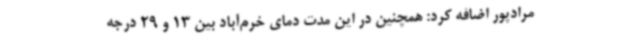
مرادپور اضافه کرد: همچنین در این مدت دمای خرم‌آباد بین 13 و 29 درجه